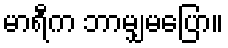
မာရီက ဘာမျှမပြော။